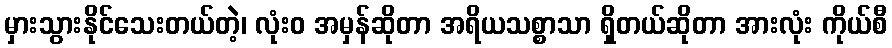
မှားသွားနိုင်သေးတယ်တဲ့၊ လုံးဝ အမှန်ဆိုတာ အရိယသစ္စာသာ ရှိတယ်ဆိုတာ အားလုံး ကိုယ်စီ